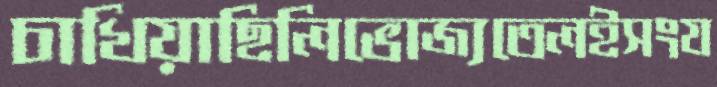
চাখিয়াছিলিভোজ্যতেলইসংয